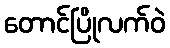
တောင်ပြိုလက်ဝဲ